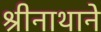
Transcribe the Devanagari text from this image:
श्रीनाथाने